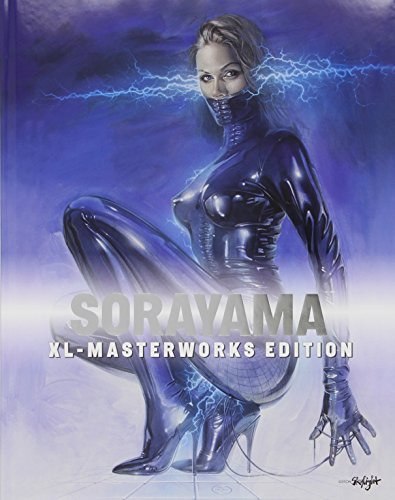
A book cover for Sorayama: XL - Masterworks Edition; Hajime Sorayama; Arts & Photography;